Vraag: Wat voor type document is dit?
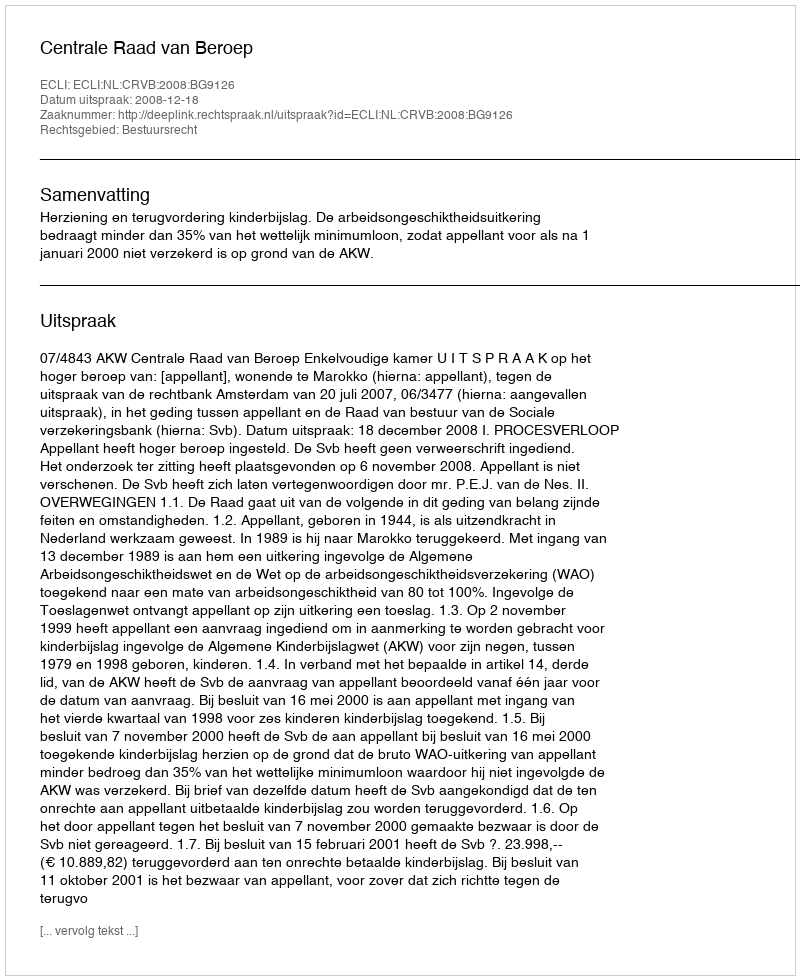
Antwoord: Uitspraak